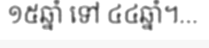
១៥ឆ្នាំ ទៅ ៤៤ឆ្នាំ។...